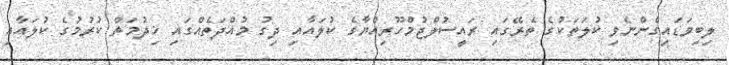
ލިބިވަޑައިގެންނެވި ކުލަތަކުގެ ތެރޭގައި ރައީސުލްޖުމްހޫރިއްޔާގެ ކުލައާއި ދިގު މުއްދަތެއްގައި ޚިދުމަތް ކުރުމުގެ ކުލައާއި